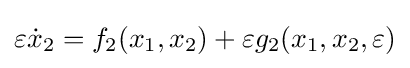
\varepsilon {\dot {x}}_{2}=f_{2}(x_{1},x_{2})+\varepsilon g_{2}(x_{1},x_{2},\varepsilon )